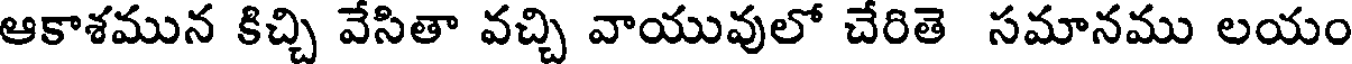
ఆకాశమున కిచ్చి వేసితా వచ్చి వాయువులో చేరితె సమానము లయం